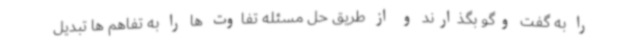
را به گفت وگو بگذارند و از طریق حل مسئله تفاوت ها را به تفاهم ها تبدیل